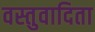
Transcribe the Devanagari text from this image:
वस्तुवादिता